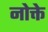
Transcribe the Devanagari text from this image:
नोक्ते